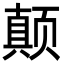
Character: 颠